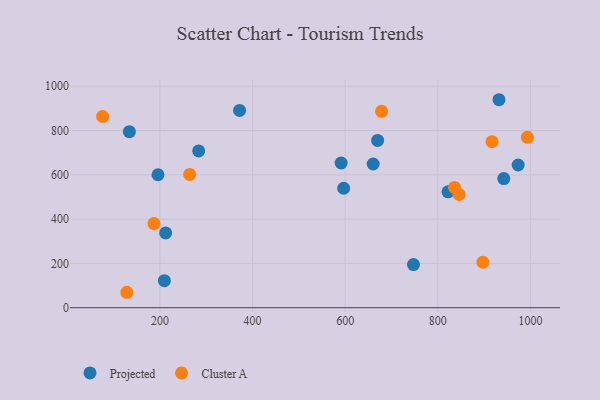
{"axis": {"x": "Study Hours", "y": "Exam Score"}, "legend": ["Cluster A", "Projected"], "data": [{"x": "942.6", "y": 583.2, "type": "Projected"}, {"x": "591.3", "y": 653.4, "type": "Projected"}, {"x": "209.6", "y": 122.1, "type": "Projected"}, {"x": "195.8", "y": 600.3, "type": "Projected"}, {"x": "973.6", "y": 644.3, "type": "Projected"}, {"x": "596.8", "y": 539.4, "type": "Projected"}, {"x": "932.2", "y": 939.1, "type": "Projected"}, {"x": "212.4", "y": 337.5, "type": "Projected"}, {"x": "283.7", "y": 707.9, "type": "Projected"}, {"x": "660.5", "y": 648.8, "type": "Projected"}, {"x": "670.1", "y": 755.4, "type": "Projected"}, {"x": "372.0", "y": 890.9, "type": "Projected"}, {"x": "747.5", "y": 194.6, "type": "Projected"}, {"x": "822.1", "y": 523.1, "type": "Projected"}, {"x": "134.0", "y": 794.9, "type": "Projected"}, {"x": "76.3", "y": 863.7, "type": "Cluster A"}, {"x": "846.2", "y": 511.5, "type": "Cluster A"}, {"x": "993.5", "y": 769.2, "type": "Cluster A"}, {"x": "897.4", "y": 205.3, "type": "Cluster A"}, {"x": "187.2", "y": 379.8, "type": "Cluster A"}, {"x": "264.3", "y": 601.9, "type": "Cluster A"}, {"x": "917.2", "y": 749.8, "type": "Cluster A"}, {"x": "836.2", "y": 543.1, "type": "Cluster A"}, {"x": "678.7", "y": 886.7, "type": "Cluster A"}, {"x": "128.6", "y": 69.7, "type": "Cluster A"}]}